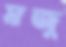
মজু